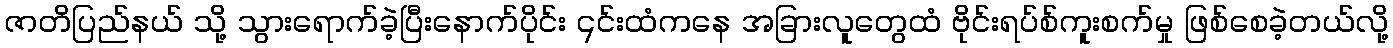
ဇာတိပြည်နယ် သို့ သွားရောက်ခဲ့ပြီးနောက်ပိုင်း ၎င်းထံကနေ အခြားလူတွေထံ ဗိုင်းရပ်စ်ကူးစက်မှု ဖြစ်စေခဲ့တယ်လို့